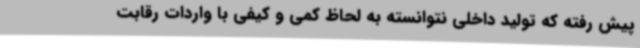
پیش رفته که تولید داخلی نتوانسته به لحاظ کمی و کیفی با واردات رقابت